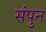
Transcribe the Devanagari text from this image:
संपुन